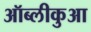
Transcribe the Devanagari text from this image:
ऑब्लीकुआ